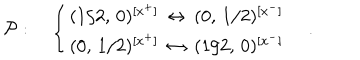
{ \cal P } : \quad \left\{ \begin{array} { l } { { ( 1 / 2 , \, 0 ) ^ { [ x ^ { + } ] } \, \leftrightarrow \, ( 0 , \, 1 / 2 ) ^ { [ x ^ { - } ] } } } \\ { { ( 0 , \, 1 / 2 ) ^ { [ x ^ { + } ] } \, \leftrightarrow \, ( 1 / 2 , \, 0 ) ^ { [ x ^ { - } ] } } } \\ \end{array} \right. \quad .